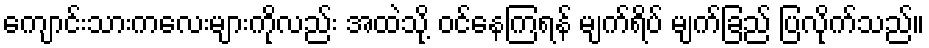
ကျောင်းသားကလေးများကိုလည်း အထဲသို့ ဝင်နေကြရန် မျက်ရိပ် မျက်ခြည် ပြလိုက်သည်။